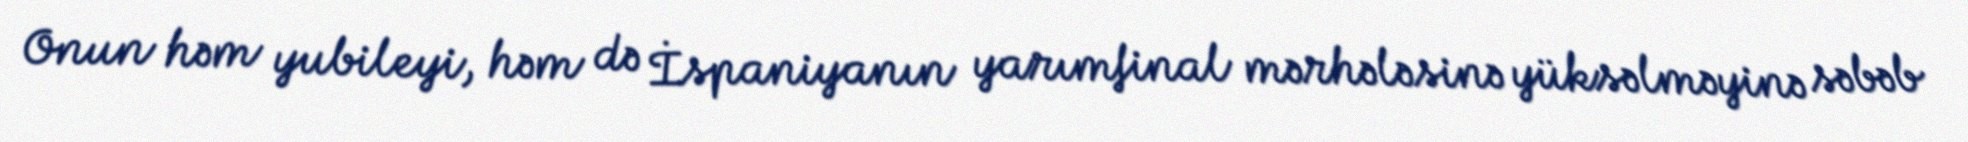
Onun həm yubileyi, həm də İspaniyanın yarımfinal mərhələsinə yüksəlməyinə səbəb